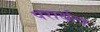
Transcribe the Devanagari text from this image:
परार्थत्व